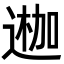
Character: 𨔣